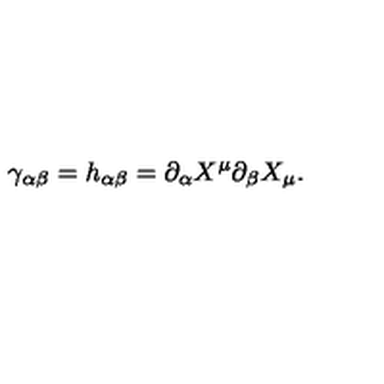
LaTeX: \gamma _ { \alpha \beta } = h _ { \alpha \beta } = \partial _ { \alpha } X ^ { \mu } \partial _ { \beta } X _ { \mu } .